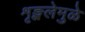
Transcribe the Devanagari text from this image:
शृङ्खलेमुळे